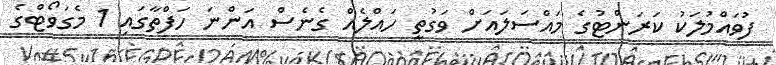
ފުވައްމުލަކު ކަރަންޓުގެ މައްސަލައަށް ވަގުތީ ހައްލެއް ގެނެސް އަންނަ ހަފްތާގައި 1 މެގަވޯޓްގެ